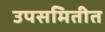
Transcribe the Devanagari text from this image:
उपसमितीत